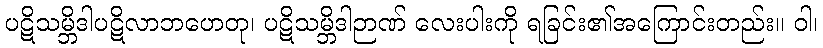
ပဋိသမ္ဘိဒါပဋိလာဘဟေတု၊ ပဋိသမ္ဘိဒါဉာဏ် လေးပါးကို ရခြင်း၏အကြောင်းတည်း။ ဝါ၊